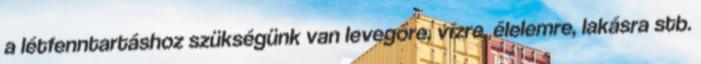
a létfenntartáshoz szükségünk van levegőre, vízre, élelemre, lakásra stb.